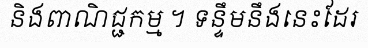
និងពាណិជ្ជកម្ម ។ ទន្ទឹមនឹងនេះដែរ